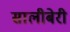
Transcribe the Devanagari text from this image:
सालीबेरी